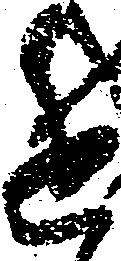
進